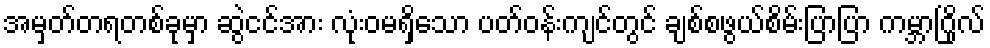
အမှတ်တရတစ်ခုမှာ ဆွဲငင်အား လုံးဝမရှိသော ပတ်ဝန်းကျင်တွင် ချစ်စဖွယ်စိမ်းပြာပြာ ကမ္ဘာဂြိုလ်